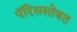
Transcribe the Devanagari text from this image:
पॅरिससोबत